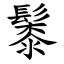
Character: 䰍